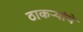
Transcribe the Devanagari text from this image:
ठाकऱ्यांचे